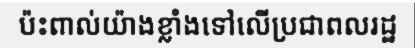
ប៉ះពាល់យ៉ាងខ្លាំងទៅលើប្រជាពលរដ្ឋ